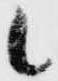
候